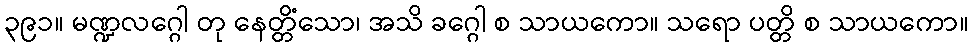
၃၉၁။ မဏ္ဍလဂ္ဂေါ တု နေတ္တိံသော၊ အသိ ခဂ္ဂေါ စ သာယကော။ သရော ပတ္တိ စ သာယကော။